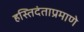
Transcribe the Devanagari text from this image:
हस्तिदंताप्रमाणे